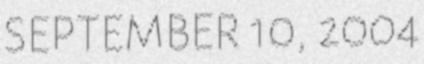
SEPTEMBER 10, 2004